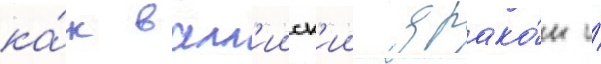
ка́к валл'ииск'ии драко́н и́